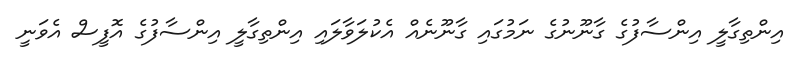
އިންތިގާލީ އިންސާފުގެ ގާނޫނުގެ ނަމުގައި ގާނޫނެއް އެކުލަވާލައި އިންތިގާލީ އިންސާފުގެ އޮފީސް އެވަނީ